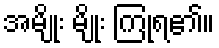
အမျိုး မျိုး ကြုံရ၏။